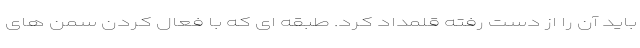
باید آن را از دست رفته قلمداد کرد. طبقه ای که با فعال کردن سمن های